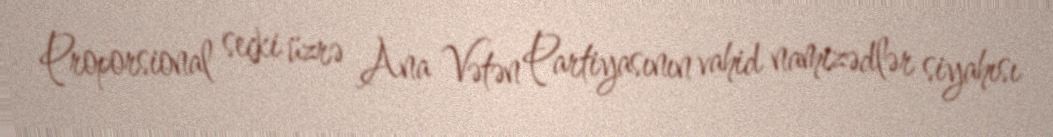
Proporsional seçki üzrə Ana Vətən Partiyasının vahid namizədlər siyahısı